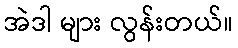
အဲဒါ များ လွန်းတယ်။